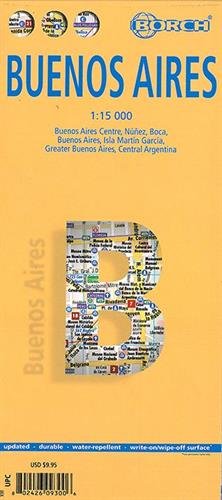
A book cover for Laminated Buenos Aires City Streets Map by Borch (English Edition); Borch; Travel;